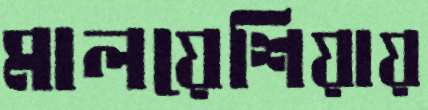
মালয়েশিয়ায়